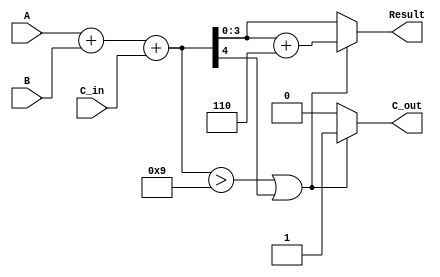
module BCD_Parallel_Adder (
    input [3:0] A,        // First BCD digit
    input [3:0] B,        // Second BCD digit
    input C_in,           // Carry input
    output reg [3:0] Result, // BCD result
    output reg C_out      // Carry output
);

    wire [4:0] sum;      // 5-bit sum to accommodate carry
    wire correction;      // Flag for correction needed

    // Binary addition of A, B and carry input
    assign sum = A + B + C_in;

    // Determine if correction is needed
    assign correction = (sum > 9) || (sum[4] == 1); // Check if sum exceeds BCD range

    always @(*) begin
        if (correction) begin
            Result = sum + 4'b0110; // Add 6 to correct the BCD
            C_out = 1;               // Set carry out
        end else begin
            Result = sum[3:0];       // No correction needed
            C_out = 0;               // No carry out
        end
    end

endmodule